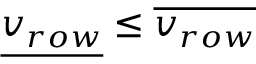
{ \underline { { v _ { r o w } } } } \leq { \overline { { v _ { r o w } } } }